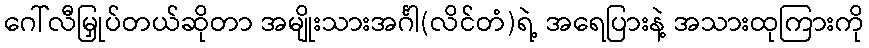
ဂေါ်လီမြှုပ်တယ်ဆိုတာ အမျိုးသားအင်္ဂါ(လိင်တံ)ရဲ့ အရေပြားနဲ့ အသားထုကြားကို